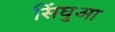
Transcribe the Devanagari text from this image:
सिंघुआ